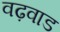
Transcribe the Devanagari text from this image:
वढ़वाड